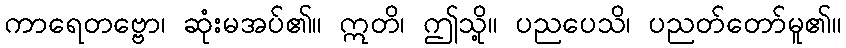
ကာရေတဗ္ဗော၊ ဆုံးမအပ်၏။ ဣတိ၊ ဤသို့။ ပညပေသိ၊ ပညတ်တော်မူ၏။